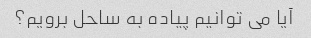
آیا می توانیم پیاده به ساحل برویم؟